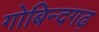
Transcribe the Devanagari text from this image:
गोबिन्दगढ़